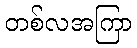
တစ်လအကြာ